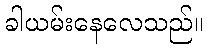
ခါယမ်းနေလေသည်။